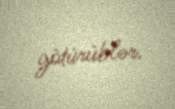
götürüblər.